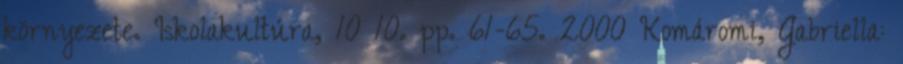
környezete. Iskolakultúra, 10 10. pp. 61-65. 2000 Komáromi, Gabriella: